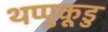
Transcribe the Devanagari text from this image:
थप्पुकूडु